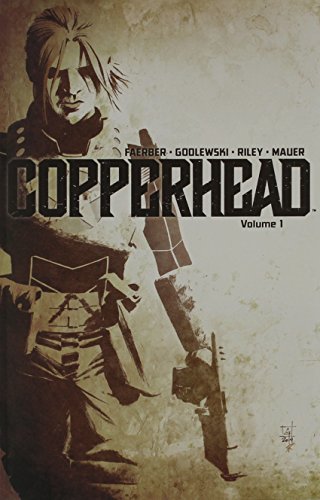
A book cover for Copperhead Volume 1: A New Sheriff in Town (Copperhead Tp); Jay Faerber; Comics & Graphic Novels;